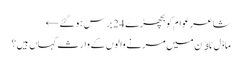
شاعر عوام کو بچھڑے 24 برس ہوگئے ←
ماڈل ٹاﺅن میں مرنے والوں کے وارث کہاں ہیں؟